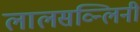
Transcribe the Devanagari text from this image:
लालसव्न्लिनी